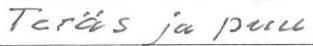
Teräs ja puu